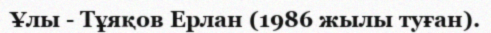
Ұлы - Тұяқов Ерлан (1986 жылы туған).